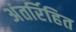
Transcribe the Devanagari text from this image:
अंतर्रिहित